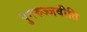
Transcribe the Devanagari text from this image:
पुनरुज्जवीति